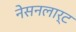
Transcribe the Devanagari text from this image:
नेसनलार्ट